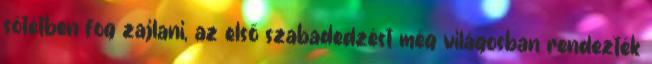
sötétben fog zajlani, az első szabadedzést még világosban rendezték